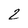
Character: 2